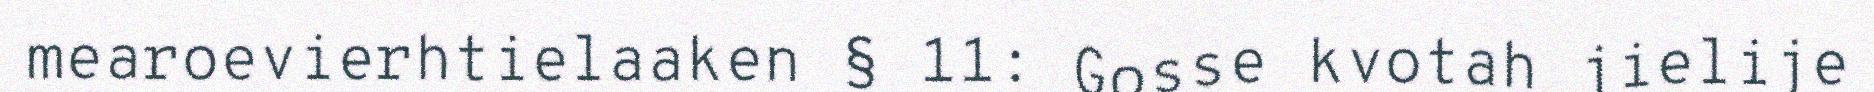
mearoevierhtielaaken § 11: Gosse kvotah jielije